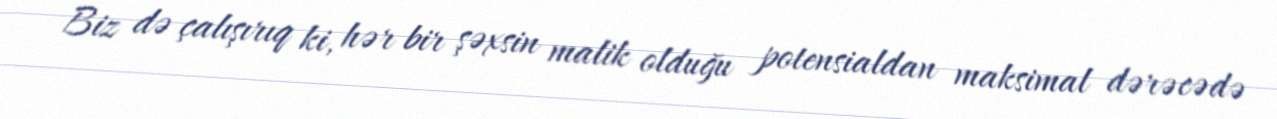
Biz də çalışırıq ki, hər bir şəxsin malik olduğu potensialdan maksimal dərəcədə